Annual report on the working of the Harcourt Butler Institute of Public Health, Rangoon
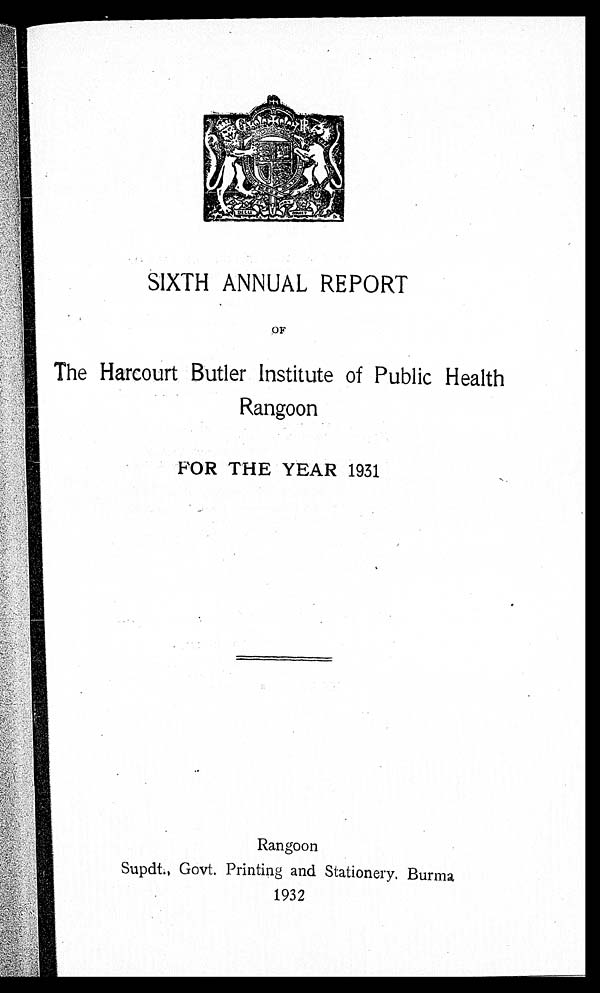
SIXTH ANNUAL REPORT
O F
The Harcourt Butler Institute of Public Health
Rangoon
FOR THE YEAR 1931
Rangoon
Supdt., Govt. Printing and Stationery, Burma
1932